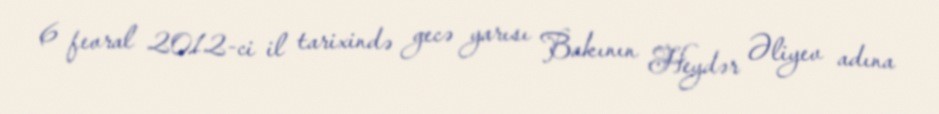
6 fevral 2012-ci il tarixində gecə yarısı Bakının Heydər Əliyev adına